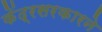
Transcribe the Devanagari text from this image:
केंद्रसरकारने